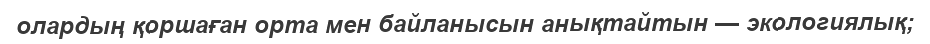
олардың қоршаған орта мен байланысын анықтайтын — экологиялық;